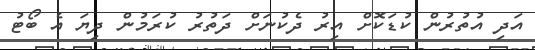
އަދި އުތުރުން ކުޑަކޮށް އިރު ދެކުނަށް ދަތުރު ކުރަމުން ދިޔަ އެ ބޯޓު